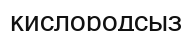
кислородсыз